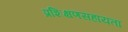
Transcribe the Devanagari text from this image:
प्रशिक्षणसहायता